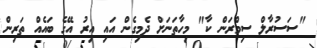
"ސަސުރާލް ސިމްރަން ކާ" މިހާތަނަށް ދެމިގެން އައި އިރު އޭގެ ބައެއް ތަރިން